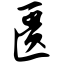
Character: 匮